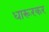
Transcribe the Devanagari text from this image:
धारूरकर